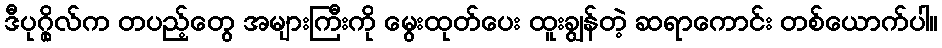
ဒီပုဂ္ဂိုလ်က တပည့်တွေ အများကြီးကို မွေးထုတ်ပေး ထူးချွန်တဲ့ ဆရာကောင်း တစ်ယောက်ပါ။